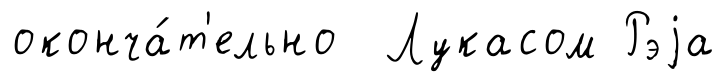
оконча́т'ельно Лукасом Рэjа